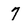
Character: 7